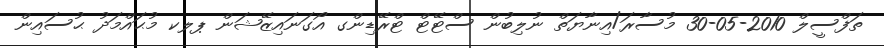
ތަފްސީލް 2010-05-30 މުސާރަ/އިނާޔަތް ނުލިބުން ސްޓޭޓް ޓްރޭޑިންގ އޯގަނައިޒޭޝަން ޕލކ މުޙައްމަދު ޙުސައިން